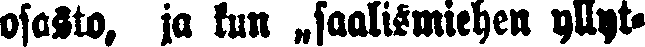
osasto, ja kun „saalismiehen yllyt-